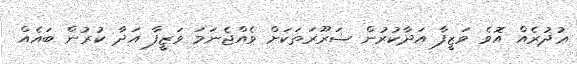
ޢުޛުރެއް އޮވެ ވަޒީފާ އަދާކުރުން ޟަރޫރަތަކަށް ވެއްޖެނަމަ ވަޒީފާ އަދާ ކުރުން ބައެއް